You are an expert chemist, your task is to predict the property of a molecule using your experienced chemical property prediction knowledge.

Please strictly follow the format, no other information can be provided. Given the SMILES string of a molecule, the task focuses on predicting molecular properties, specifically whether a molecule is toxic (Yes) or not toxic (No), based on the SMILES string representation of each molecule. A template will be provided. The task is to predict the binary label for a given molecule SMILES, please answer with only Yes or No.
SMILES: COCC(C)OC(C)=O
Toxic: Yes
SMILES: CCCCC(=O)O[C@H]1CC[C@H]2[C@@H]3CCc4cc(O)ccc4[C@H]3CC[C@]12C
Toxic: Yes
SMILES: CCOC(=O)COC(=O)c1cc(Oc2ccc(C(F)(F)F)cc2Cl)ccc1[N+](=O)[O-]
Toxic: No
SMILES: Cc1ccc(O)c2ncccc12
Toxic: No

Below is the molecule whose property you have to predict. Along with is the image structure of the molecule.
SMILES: N[C@@H](CCC(=O)N[C@@H](CS)C(=O)NCC(=O)O)C(=O)O
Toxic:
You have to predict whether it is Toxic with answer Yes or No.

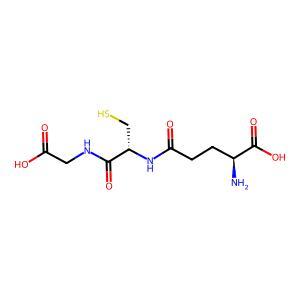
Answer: No